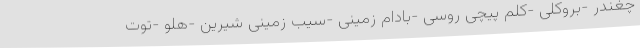
چغندر -بروکلی -کلم پیچی روسی -بادام زمینی -سیب زمینی شیرین -هلو -توت